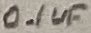
Text: 0.1uF